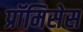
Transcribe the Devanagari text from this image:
प्रॉमिसेस